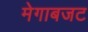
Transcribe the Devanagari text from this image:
मेगाबजट